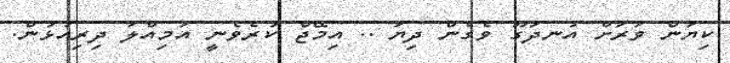
ކިޔަން ވަރަށް އުނދަގޫ ވެގެން ދިޔަ .. އިމޭޖް ކުރެވެނީ އަމިއްލަ ދިރިއުޅުން.